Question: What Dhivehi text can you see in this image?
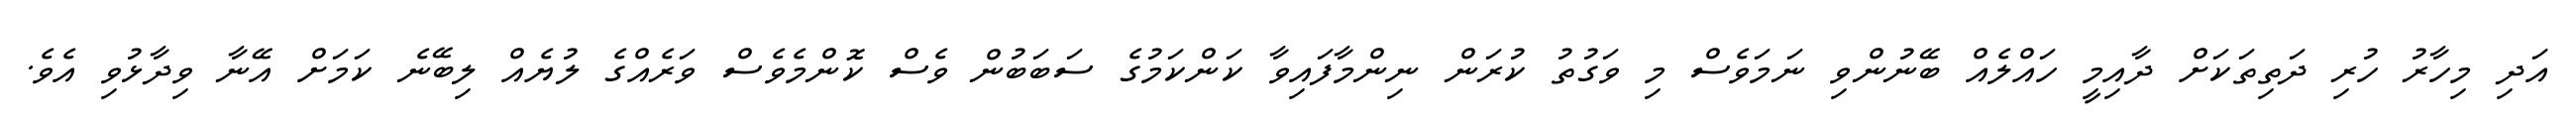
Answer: އަދި މިހާރު ހުރި ދަތިތަކަށް ދާއިމީ ހައްލެއް ބޭނުންވި ނަމަވެސް މި ވަގުތު ކުރަން ނިންމާފައިވާ ކަންކަމުގެ ސަބަބުން ވެސް ކޮންމެވެސް ވަރެއްގެ ލުޔެއް ލިބޭނެ ކަމަށް އޭނާ ވިދާޅުވި އެވެ.